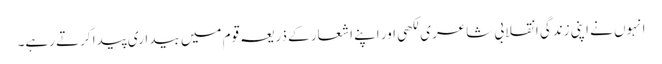
انہوں نے اپنی زندگی انقلابی شاعری لکھی اور اپنے اشعار کے ذریعہ قوم میں بیداری پیدا کرتے رہے۔